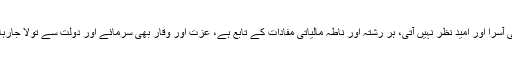
کوئی آسرا اور امید نظر نہیں آتی، ہر رشتہ اور ناطہ مالیاتی مفادات کے تابع ہے، عزت اور وقار بھی سرمائے اور دولت سے تولا جارہاہے۔